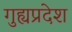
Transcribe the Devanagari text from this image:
गुह्यप्रदेश